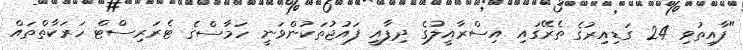
"ފާއިތުވި 24 ގަޑިއިރުގެ ތެރޭގައި އިސްރާއީލުގެ ދިފާއީ ފައުޖުތަކުންވަނީ ހަމާސްގެ ޓެރަރިސްޓް ހަރަކާތްތައް